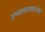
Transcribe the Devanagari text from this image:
उष्माघाताबरोबर